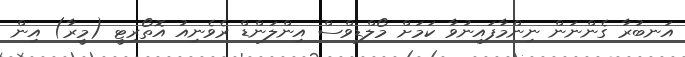
އަނބުރާ ގެންނަން ނިންމާފައިނުވާ ކަމަށް މޯލްޑިވްސް އިންލަންޑް ރެވެނިއު އޮތޯރިޓީ (މީރާ) އިން